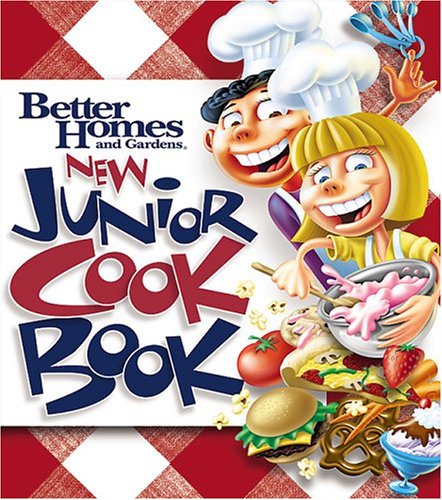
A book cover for New Junior Cookbook (Better Homes & Gardens Cooking); Better Homes & Gardens; Teen & Young Adult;